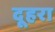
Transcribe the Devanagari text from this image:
दूहरा